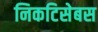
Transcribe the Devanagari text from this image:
निकटिसेबस